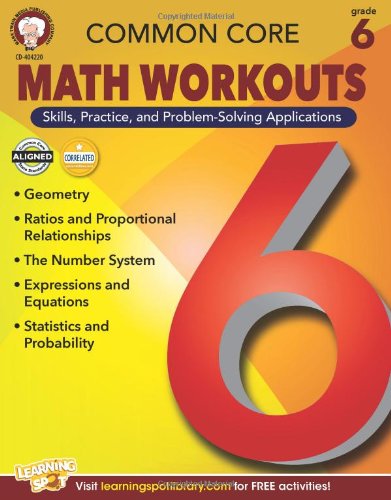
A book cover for Common Core Math Workouts, Grade 6; Karice Mace; Education & Teaching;